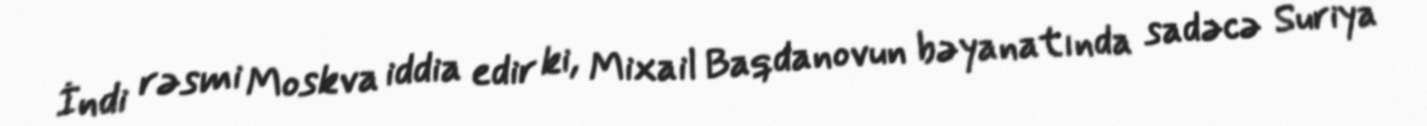
İndi rəsmi Moskva iddia edir ki, Mixail Baqdanovun bəyanatında sadəcə Suriya